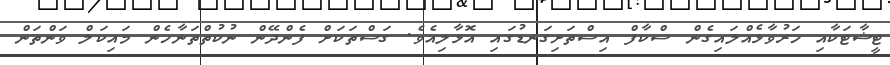
ޓީޝާޓަކާއި ހަރުވާޅެއްލައިގެން ސްކާފް އިސްތަށިގަނޑުގައި އޮޅާލިއެވެ. ގަސްތަކަށް ފެންދޭން ނުކުތްތަނާހެން މައިކަލް ވަންތަން